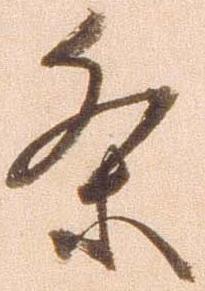
条